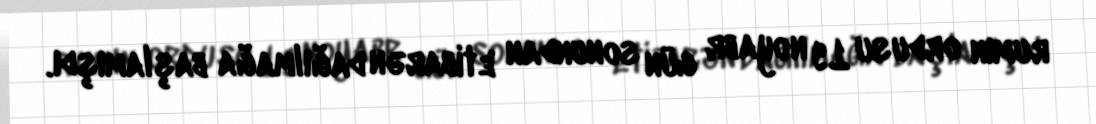
rumın ordusu 19 noyabr gün sonundan etibarən dağılmağa başlamışdı.